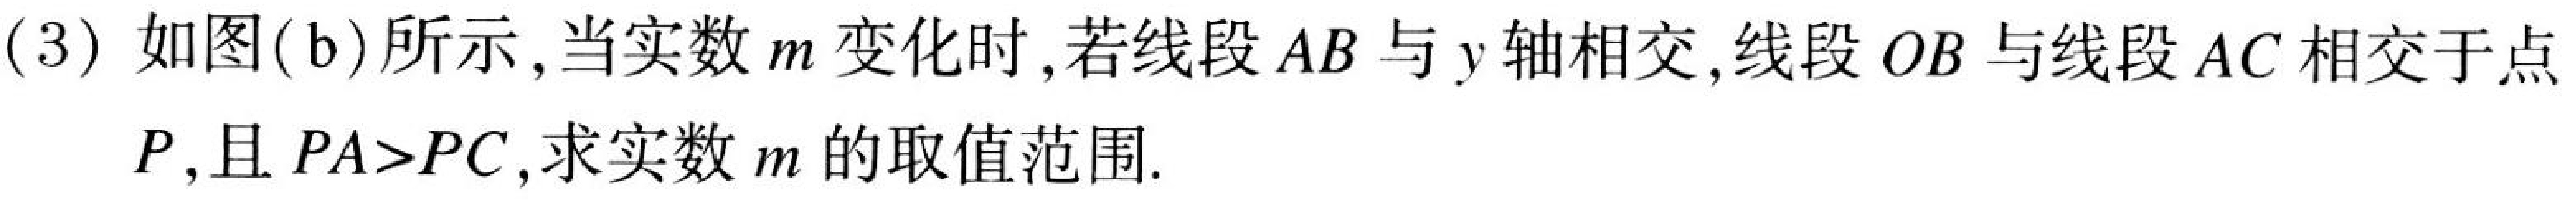
(3) 如图(b)所示,当实数\(m\)变化时,若线段\(AB\)与\(y\)轴相交,线段\(OB\)与线段\(AC\)相交于点
\(P\),且\(PA > PC\),求实数\(m\)的取值范围.